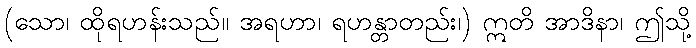
(သော၊ ထိုရဟန်းသည်။ အရဟာ၊ ရဟန္တာတည်း၊) ဣတိ အာဒိနာ၊ ဤသို့